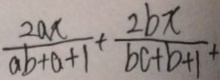
\frac { 2 a x } { a b + a + 1 } + \frac { 2 b x } { b c + b + 1 } +